Indian journal of veterinary science and animal husbandry - Volume 1,
Year: 1931
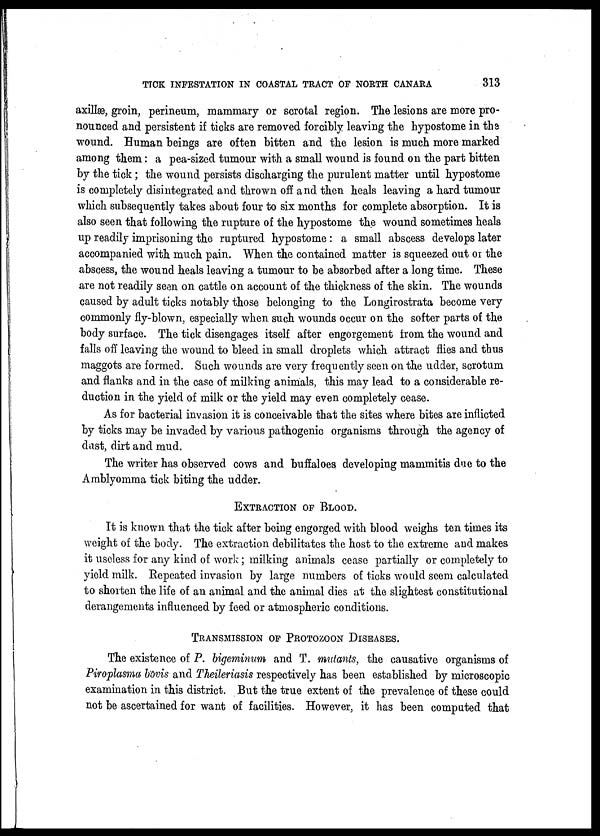
TICK INFESTATION IN COASTAL TRACT OF NORTH CANARA
313
axillæ, groin, perineum, mammary or scrotal region. The lesions are more pro-
nounced and persistent if ticks are removed forcibly leaving the hypostome in the
wound. Human beings are often bitten and the lesion is much more marked
among them: a pea-sized tumour with a small wound is found on the part bitten
by the tick ; the wound persists discharging the purulent matter until hypostome
is completely disintegrated and thrown off and then heals leaving a hard tumour
which subsequently takes about four to six months for complete absorption. It is
also seen that following the rupture of the hypostome the wound sometimes heals
up readily imprisoning the ruptured hypostome : a small abscess develops later
accompanied with much pain. When the contained matter is squeezed out or the
abscess, the wound heals leaving a tumour to be absorbed after a long time. These
are not readily seen on cattle on account of the thickness of the skin. The wounds
caused by adult ticks notably those belonging to the Longirostrata become very
commonly fly-blown, especially when such wounds occur on the softer parts of the
body surface. The tick disengages itself after engorgement from the wound and
falls off leaving the wound to bleed in small droplets which attract flies and thus
maggots are formed. Such wounds are very frequently seen on the udder, scrotum
and flanks and in the case of milking animals, this may lead to a considerable re-
duction in the yield of milk or the yield may even completely cease.
As for bacterial invasion it is conceivable that the sites where bites are inflicted
by ticks may be invaded by various pathogenic organisms through the agency of
dust, dirt and mud.
The writer has observed cows and buffaloes developing mammitis due to the
Amblyomma tick biting the udder.
EXTRACTION OF BLOOD.
It is known that the tick after being engorged with blood weighs ten times its
weight of the body. The extraction debilitates the host to the extreme and makes
it useless for any kind of work ; milking animals cease partially or completely to
yield milk. Repeated invasion by large numbers of ticks would seem calculated
to shorten the life of an animal and the animal dies at the slightest constitutional
derangements influenced by feed or atmospheric conditions.
TRANSMISSION OF PROTOZOON DISEASES.
The existence of P. bigeminum and T. mutants, the causative organisms of
Piroplasma bovis and Theileriasis respectively has been established by microscopic
examination in this district. But the true extent of the prevalence of these could
not be ascertained for want of facilities. However, it has been computed that